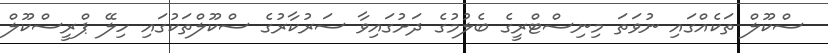
ސްކޫލް ތަކެއްގައި ނުވަތަ މިނިސްޓްރީގެ ބެލުމުގެ ދަށުގައިވާ ސަރުކާރުގެ ސްކޫލްތަކުގައި ހިލޭ ޕްރީސްކޫލް